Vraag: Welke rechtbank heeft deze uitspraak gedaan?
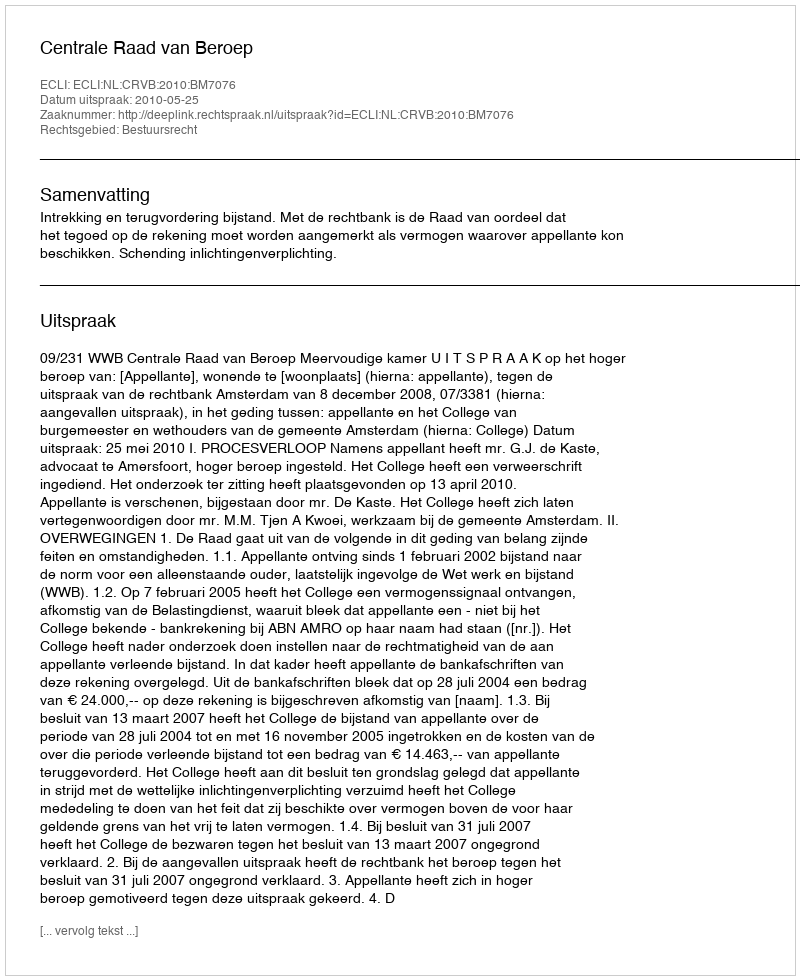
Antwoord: Centrale Raad van Beroep